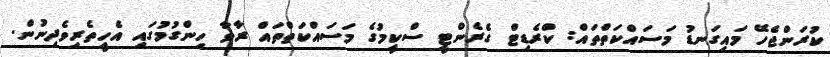
ކުރަންޖެހޭ މައިގަނޑު މަސައްކަތްތައް: ކްރެޑިޓް ގެރެންޓީ ސްކީމުގެ މަސައްކަތްތައް ރާވާ ހިންގުމުގައި އެހީތެރިވެދިނުން.